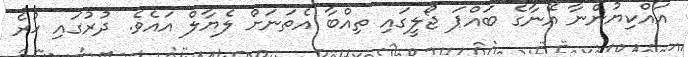
އައްކިޔުންނާ އޭނާގެ ބައްޕަ ޖޯލީގައި ތިއްބާ އެތަނަށް ލެޔާލް އައެވެ. ދުރުގައި ހުރެ